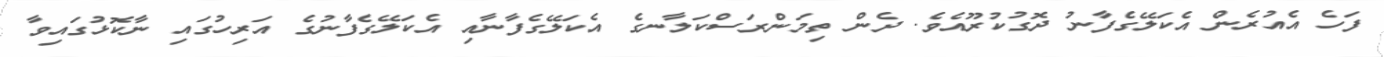
ފަހެ އެއުރެން އެކަލޭގެފާނު ދޮގުކުރޫއެވެ. ދެން ތިމަންރަސްކަލާނގެ އެކަލޭގެފާނާއި އެކަލޭގެފާނުގެ އަރިހުގައި ނާކޮޅުގައިވާ